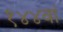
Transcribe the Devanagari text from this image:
१४४वां